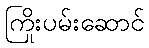
ကြိုးပမ်းဆောင်